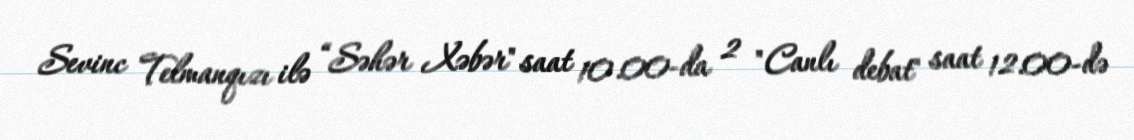
Sevinc Telmanqızı ilə “Səhər Xəbər" saat 10.00-da 2 "Canlı debat" saat 12.00-də